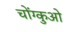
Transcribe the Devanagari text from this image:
चोंग्कुओ